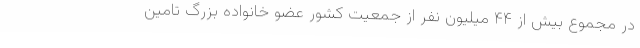
در مجموع بیش از ۴۴ میلیون نفر از جمعیت کشور عضو خانواده بزرگ تامین